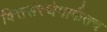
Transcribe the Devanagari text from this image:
वित्तसंस्थेमार्फतच